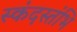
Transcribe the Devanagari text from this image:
स्कंदस्तंभि